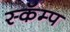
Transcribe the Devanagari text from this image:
स्कॅम्प